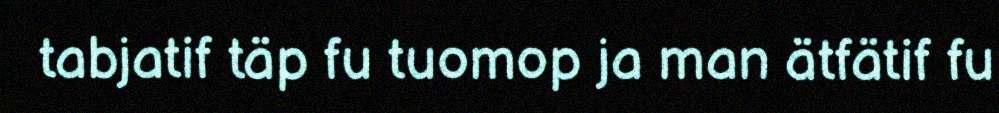
tabjatif täp fu tuomop ja man ätfätif fu